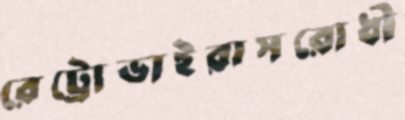
রেট্রোভাইরাসরোধী